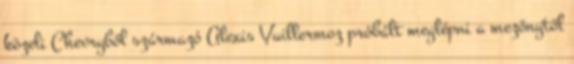
közeli Chevryből származó Alexis Vuillermoz próbált meglépni a mezőnytől